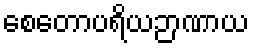
စေတောပရိယဉာဏာယ